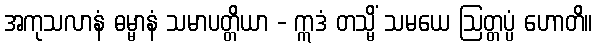
အကုသလာနံ ဓမ္မာနံ သမာပတ္တိယာ - ဣဒံ တသ္မိံ သမယေ ဩတ္တပ္ပံ ဟောတိ။